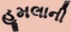
હૂમલાની